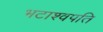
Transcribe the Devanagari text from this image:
भटाश्वपति